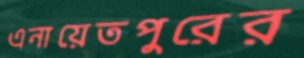
এনায়েতপুরের